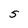
Character: 5